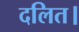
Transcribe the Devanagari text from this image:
दलित।